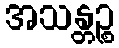
အသန္တဉ္စ